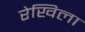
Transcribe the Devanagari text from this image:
रेखिला